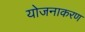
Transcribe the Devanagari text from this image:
योजनाकरण